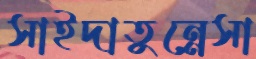
সাইদাতুন্নেসা